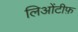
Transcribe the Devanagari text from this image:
लिओंटीफ़